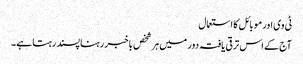
ٹی وی اور موبائل کا استعمال
آج کے اس ترقی یافتہ دور میں ہر شخص باخبر رہنا پسند رہتا ہے۔